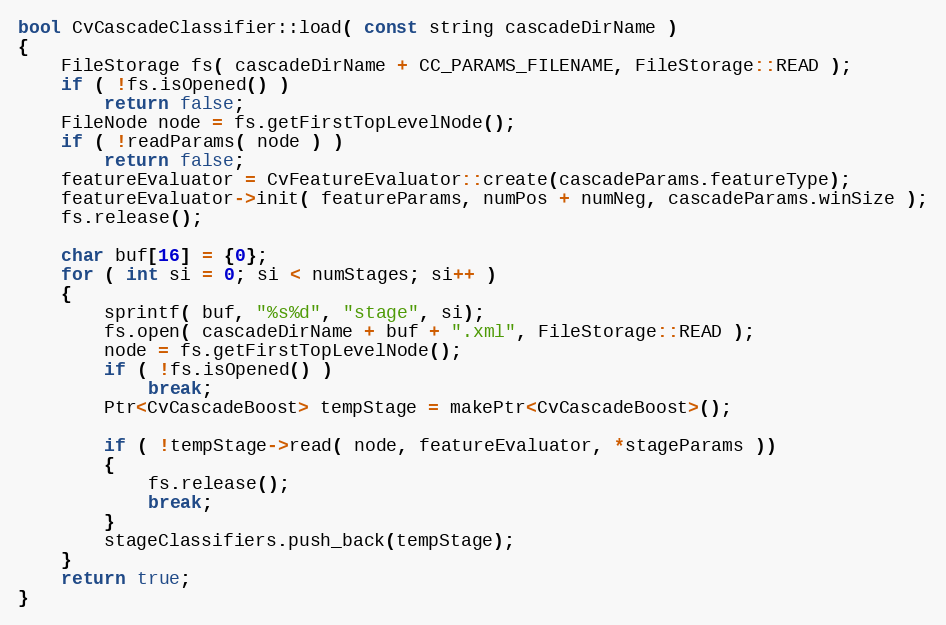
Language: C++
bool CvCascadeClassifier::load( const string cascadeDirName )
{
    FileStorage fs( cascadeDirName + CC_PARAMS_FILENAME, FileStorage::READ );
    if ( !fs.isOpened() )
        return false;
    FileNode node = fs.getFirstTopLevelNode();
    if ( !readParams( node ) )
        return false;
    featureEvaluator = CvFeatureEvaluator::create(cascadeParams.featureType);
    featureEvaluator->init( featureParams, numPos + numNeg, cascadeParams.winSize );
    fs.release();

    char buf[16] = {0};
    for ( int si = 0; si < numStages; si++ )
    {
        sprintf( buf, "%s%d", "stage", si);
        fs.open( cascadeDirName + buf + ".xml", FileStorage::READ );
        node = fs.getFirstTopLevelNode();
        if ( !fs.isOpened() )
            break;
        Ptr<CvCascadeBoost> tempStage = makePtr<CvCascadeBoost>();

        if ( !tempStage->read( node, featureEvaluator, *stageParams ))
        {
            fs.release();
            break;
        }
        stageClassifiers.push_back(tempStage);
    }
    return true;
}